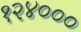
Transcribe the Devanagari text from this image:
१२४०००